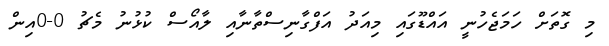
މި ގޮތަށް ހަމަޖެހުނީ އައްޑޫގައި މިއަދު އަފްގާނިސްތާނާއި ލާއޯސް ކުޅުނު މެޗު 0-0އިން